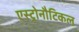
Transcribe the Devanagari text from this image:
एस्ट्रोनौटिकल